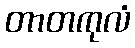
တာတကုလံ